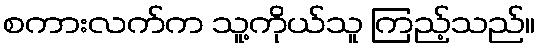
စကားလက်က သူ့ကိုယ်သူ ကြည့်သည်။